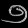
Digit: ၅